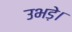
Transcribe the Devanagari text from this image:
उभड़े।